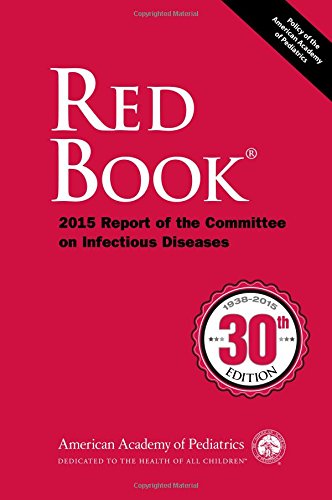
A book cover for Red Book 2015: Report of the Committee on Infectious Diseases (Red Book Report of the Committee on Infectious Diseases); Medical Books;